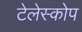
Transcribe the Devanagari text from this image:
टेलेस्कोप